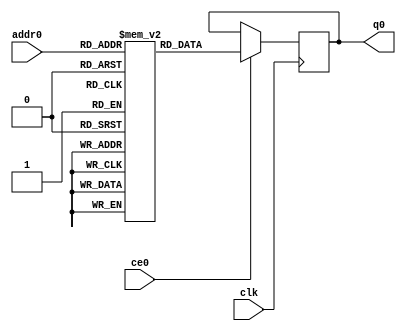
`define EXPONENT 5
`define MANTISSA 10
`define ACTUAL_MANTISSA 11
`define EXPONENT_LSB 10
`define EXPONENT_MSB 14
`define MANTISSA_LSB 0
`define MANTISSA_MSB 9
`define MANTISSA_MUL_SPLIT_LSB 3
`define MANTISSA_MUL_SPLIT_MSB 9
`define SIGN 1
`define SIGN_LOC 15
`define DWIDTH (`SIGN+`EXPONENT+`MANTISSA)
`define IEEE_COMPLIANCE 1

  module td_fused_top_tdf4_filters_1_rom (
addr0, ce0, q0, clk);

parameter DWIDTH = 64;
parameter AWIDTH = 11;
parameter MEM_SIZE = 1152;

input[AWIDTH-1:0] addr0;
input ce0;
output reg[DWIDTH-1:0] q0;
input clk;

 reg [DWIDTH-1:0] ram[MEM_SIZE-1:0];

//initial begin
//    $readmemh("./td_fused_top_tdf4_filters_1_rom.dat", ram);
//end



always @(posedge clk)  
begin 
    if (ce0) 
    begin
        q0 <= ram[addr0];
    end
end



endmodule